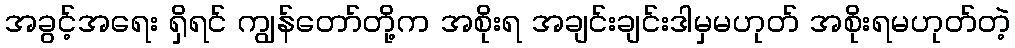
အခွင့်အရေး ရှိရင် ကျွန်တော်တို့က အစိုးရ အချင်းချင်းဒါမှမဟုတ် အစိုးရမဟုတ်တဲ့